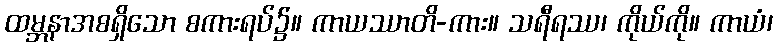
ထမ္ဘနာအစရှိသော စကားရပ်၌။ ကာယဿာတိ-ကား။ သရီရဿ၊ ကိုယ်ကို။ ကာယံ၊